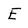
Character: E